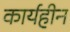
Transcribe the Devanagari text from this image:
कार्यहीन